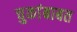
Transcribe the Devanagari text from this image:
चुकांबाबत